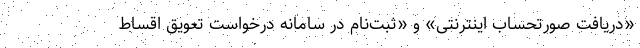
«دریافت صورتحساب اینترنتی» و «ثبت‌نام در سامانه درخواست تعویق اقساط